Annual report of the Punjab Veterinary College and of the Civil Veterinary Department, Punjab - 1894-1908
Year: 1894
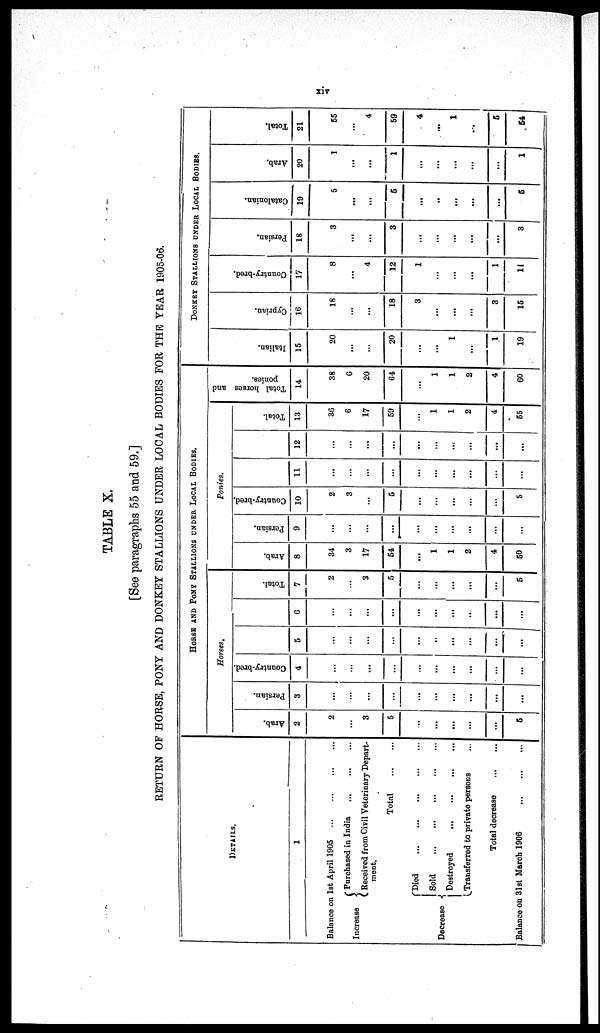
xiv
TABLE X.
[See paragraphs 55 and 59.]
RETURN OF HORSE, PONY AND DONKEY STALLIONS UNDER LOCAL BODIES FOR THE YEAR 1905-06.
DETAILS.
1
Balance on 1st April 1905 ... ... ... ...
Increase
Decrease
Purchased in India ... ... ...
Received from Civil Veterinary Depart-
ment.
Total
...
...
Died
...
...
...
...
...
Sold
...
...
...
...
...
Destroyed
...
...
...
...
Transferred to private persons ...
Total decrease
...
...
Balance on 31st March 1906
...
...
...
HORSE AND PONY STALLIONS UNDER LOCAL BODIES.
Horses.
Arab.
2
2
...
3
5
...
...
...
...
...
5
Persian.
3
...
...
...
...
...
...
...
...
...
...
Country-bred.
4
...
...
...
...
...
...
...
...
...
...
5
...
...
..
...
...
...
...
...
...
...
6
...
...
...
...
...
...
...
...
...
...
Total.
7
2
...
3
5
...
...
...
...
...
5
Ponies.
Arab.
8
34
3
17
54
...
1
1
2
4
50
Persian.
9
...
...
...
...
...
...
...
...
...
...
Country-bred.
10
2
3
...
5
...
...
...
...
...
5
11
...
...
...
...
...
...
...
...
...
...
12
...
...
...
...
...
...
...
...
...
...
Total.
13
36
6
17
59
...
1
1
2
4
55
Total horses and
ponies.
14
38
6
20
64
...
1
1
2
4
60
DONKEY STALLIONS UNDER LOCAL BODIES.
I t al i an.
15
20
...
...
20
...
...
1
...
1
19
Cypr i
an.
16
18
...
...
18
3
...
...
...
3
15
Count r
y- br e d.
17
8
...
4
12
1
...
...
...
1
11
Per si an.
18
3
...
...
3
...
...
...
...
...
3
Cat al oni an.
19
5
...
...
5
...
...
...
...
...
5
Ar ab.
20
1
...
...
1
...
...
...
...
...
1
Tot al .
21
55
...
4
59
4
...
1
...
5
54